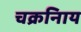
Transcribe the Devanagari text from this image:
चक्रनािय